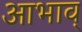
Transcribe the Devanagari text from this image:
आभाव्